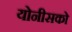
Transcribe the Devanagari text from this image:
योनीसको